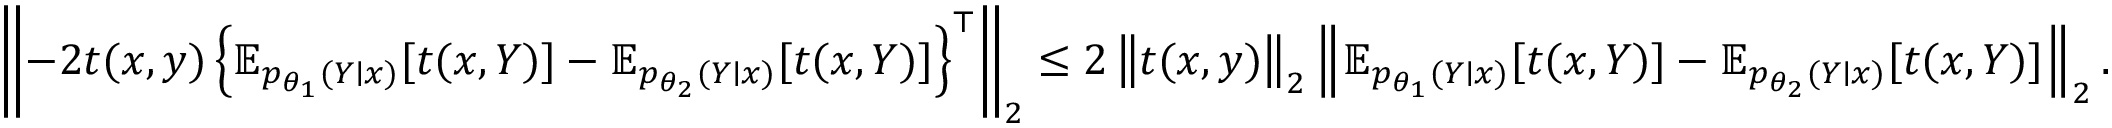
\begin{array} { r } { \left\lVert - 2 t ( x , y ) \left\{ \operatorname { \mathbb E } _ { p _ { \theta _ { 1 } } ( Y \mid x ) } [ t ( x , Y ) ] - \operatorname { \mathbb E } _ { p _ { \theta _ { 2 } } ( Y \mid x ) } [ t ( x , Y ) ] \right\} ^ { \top } \right\rVert _ { 2 } \le 2 \left\lVert t ( x , y ) \right\rVert _ { 2 } \left\lVert \operatorname { \mathbb E } _ { p _ { \theta _ { 1 } } ( Y \mid x ) } [ t ( x , Y ) ] - \operatorname { \mathbb E } _ { p _ { \theta _ { 2 } } ( Y \mid x ) } [ t ( x , Y ) ] \right\rVert _ { 2 } . } \end{array}